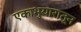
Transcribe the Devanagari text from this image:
एकाभुयारातून